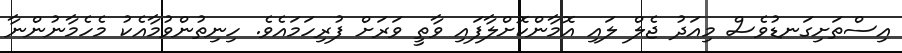
އިސްތަށިގަނޑުވެސް މިއަދު ޖެލް ލައި އޮމާންކޮށްލާފައި ވާތީ ވަރަށް ފުރިހަމައެވެ. ހިނިތުންވުމާއެކު މެހެމާނުންނާ